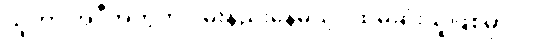
သူဟာ အဲဒီအတွက် ဝမ်းနည်းနေမယ့်ပထမဆုံးသူဖြစ်မှာပါ။